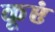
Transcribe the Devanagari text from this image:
कूएं